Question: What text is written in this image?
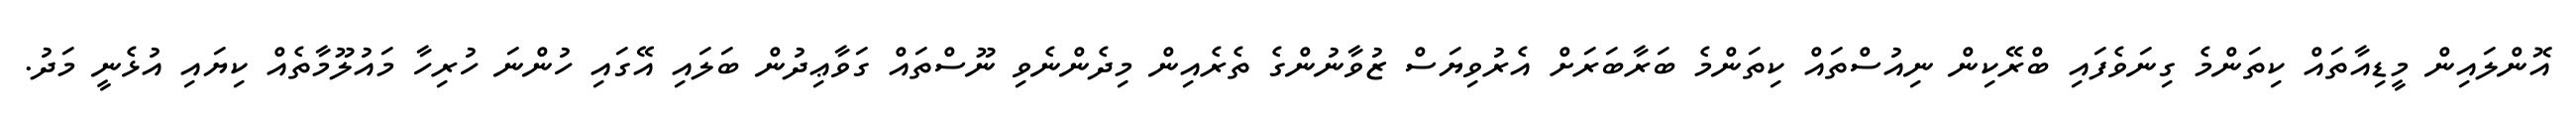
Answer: އޮންލައިން މީޑިއާތައް ކިތަންމެ ގިނަވެފައި ބްރޭކިން ނިއުސްތައް ކިތަންމެ ބަރާބަރަށް އެރުވިޔަސް ޒުވާނުންގެ ތެރެއިން މިދެންނެވި ނޫސްތައް ގަވާޢިދުން ބަލައި އޭގައި ހުންނަ ހުރިހާ މައުލޫމާތެއް ކިޔައި އުޅެނީ މަދު.